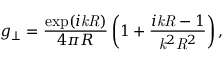
g _ { \perp } = \frac { \exp ( i \mathit { k } \mathit { R } ) } { 4 \pi R } \left( 1 + \frac { i \mathit { k } \mathit { R } - 1 } { \mathit { k } ^ { 2 } \mathit { R } ^ { 2 } } \right) ,